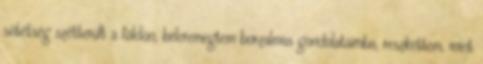
sötétség szétterült a földön, beleremegtem borzalmas gondolataimba, reszkettem, mint